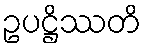
ဥပဋ္ဌိဿတိ